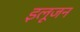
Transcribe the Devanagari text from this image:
इलूजन